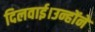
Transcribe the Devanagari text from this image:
दिलवाई।उन्होंने